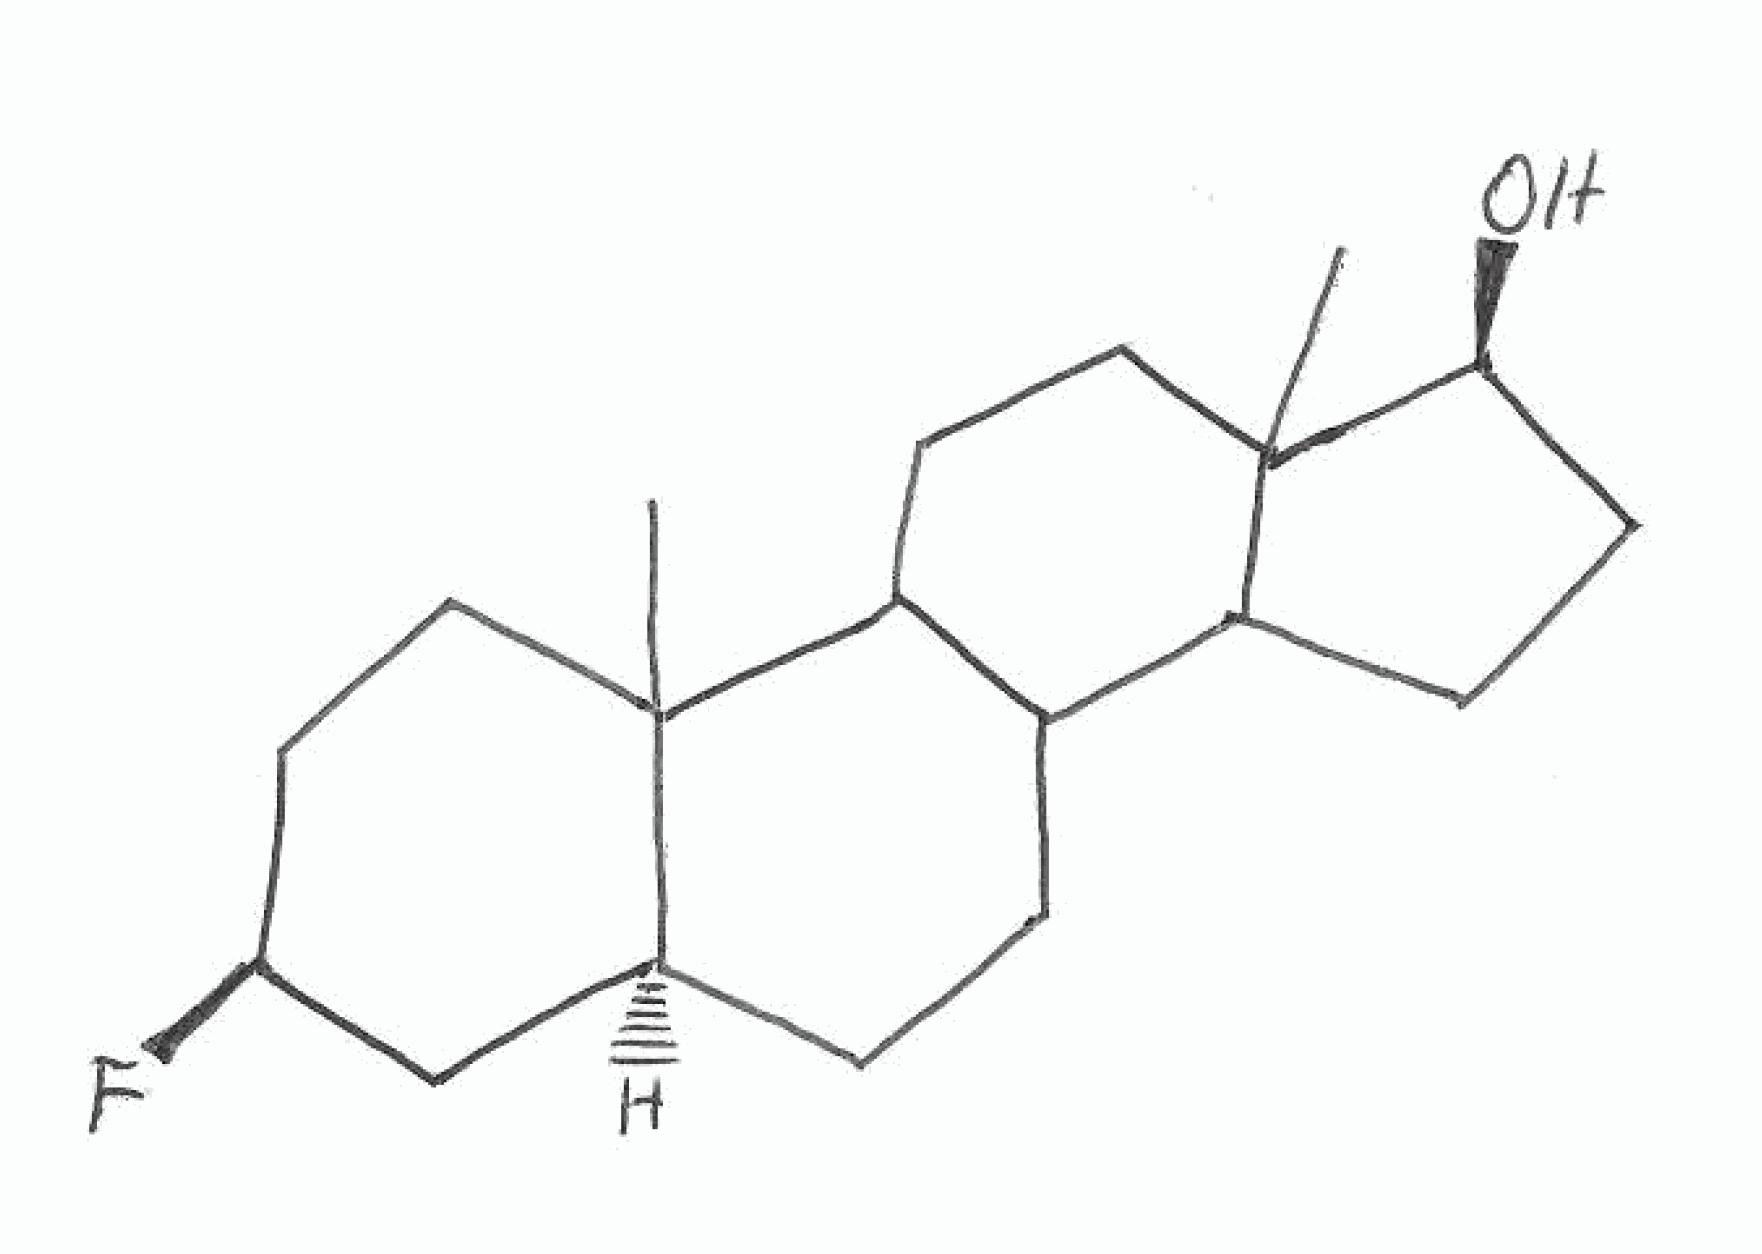
Simplified molecular-input line-entry system (SMILES) notation of the given molecule:
CC12CC[C@@H](C[C@@H]1CCC3C2CCC4(C3CC[C@@H]4O)C)F